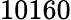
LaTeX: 10160